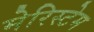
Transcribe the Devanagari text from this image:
मेरिस्टेम